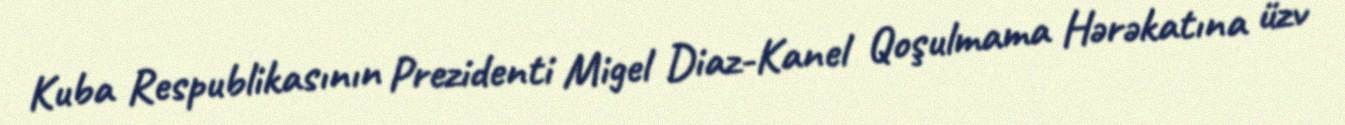
Kuba Respublikasının Prezidenti Migel Diaz-Kanel Qoşulmama Hərəkatına üzv